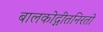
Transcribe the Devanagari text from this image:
बालकोद्गीतनिरतो